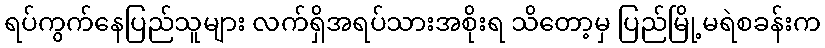
ရပ်ကွက်နေပြည်သူများ လက်ရှိအရပ်သားအစိုးရ သိတော့မှ ပြည်မြို့မရဲစခန်းက